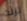
نزلت